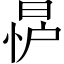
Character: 𪰨